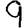
Digit: 9